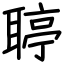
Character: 聤